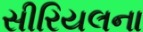
સીરિયલના